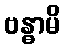
ဗန္ဓာမိ